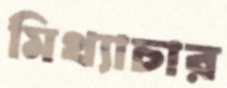
মিথ্যাচার